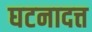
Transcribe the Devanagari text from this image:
घटनादत्त